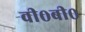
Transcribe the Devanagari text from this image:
वी०बी०